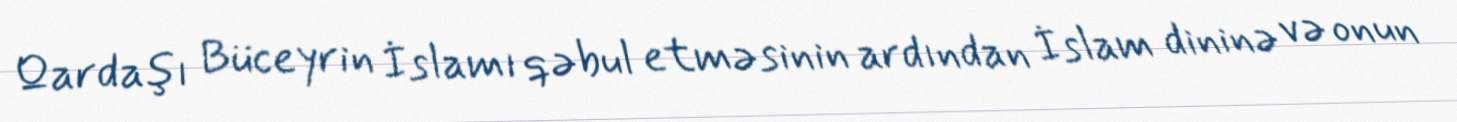
Qardaşı Büceyrin İslamı qəbul etməsinin ardından İslam dininə və onun